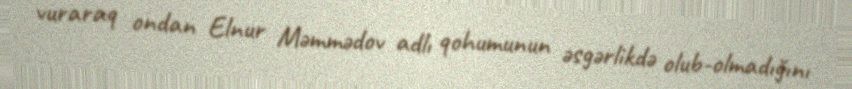
vuraraq ondan Elnur Məmmədov adlı qohumunun əsgərlikdə olub-olmadığını